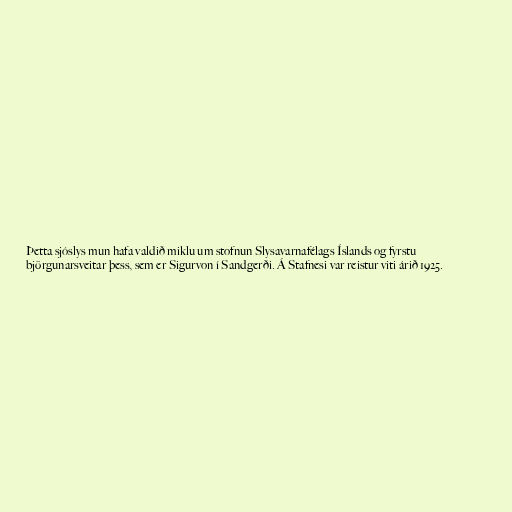
Þetta sjóslys mun hafa valdið miklu um stofnun Slysavarnafélags Íslands og fyrstu
björgunarsveitar þess, sem er Sigurvon í Sandgerði. Á Stafnesi var reistur viti árið 1925.